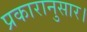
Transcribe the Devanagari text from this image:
प्रकारानुसार।